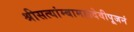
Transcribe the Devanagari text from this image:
श्रीसत्यांम्बामहादेवीपूजनं